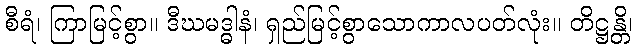
စီရံ၊ ကြာမြင့်စွာ။ ဒီဃမဒ္ဓါနံ၊ ရှည်မြင့်စွာသောကာလပတ်လုံး။ တိဋ္ဌန္တိ၊